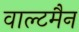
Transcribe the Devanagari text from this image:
वाल्टमैन